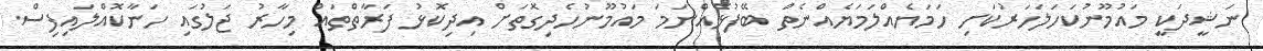
ނަޝީދަކީ މައުމޫނުކަހަލަހަރުކަށި ހަމަޔެއްލަމަޔެއްނެތް ބޭފުޅެއްނަމަ މައުމޫނުހެދިގޮތަށް އިދިކޮޅު ފަރާތްތައް މިހާރު ޖަލުގައި ހަނާކޮއްލައިފިސް.